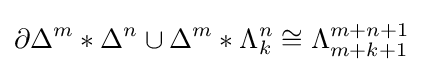
\partial \Delta ^{m}*\Delta ^{n}\cup \Delta ^{m}*\Lambda _{k}^{n}\cong \Lambda _{m+k+1}^{m+n+1}